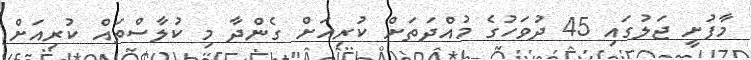
މާފުށީ ޖަލުގައި 45 ދުވަހުގެ މުއްދަތަށް ކުރިއަށް ގެންދާ މި ކުލާސްތައް ކުރިއަށް